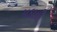
પડાતી